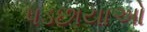
પડછાયાઓ